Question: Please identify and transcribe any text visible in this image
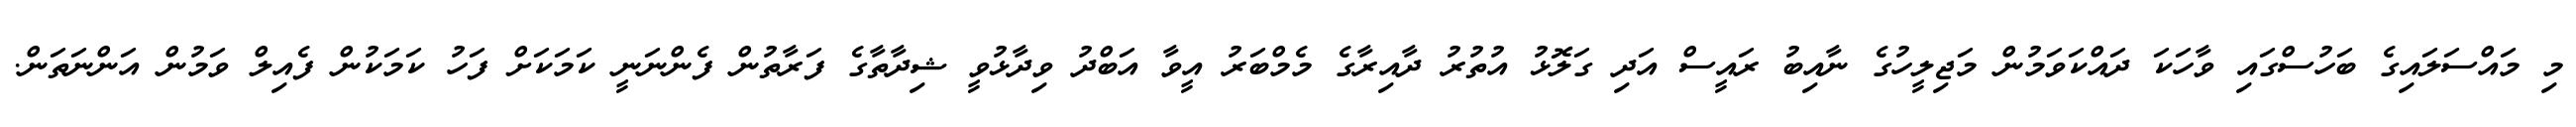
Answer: މި މައްސަލައިގެ ބަހުސްގައި ވާހަކަ ދައްކަވަމުން މަޖިލީހުގެ ނާއިބު ރައީސް އަދި ގަލޮޅު އުތުރު ދާއިރާގެ މެމްބަރު އީވާ އަބްދު ވިދާޅުވީ ޝިދާތާގެ ފަރާތުން ފެންނަނީ ކަމަކަށް ފަހު ކަމަކުން ފެއިލް ވަމުން އަންނަތަން.